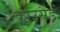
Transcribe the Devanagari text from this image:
काउसैंड